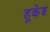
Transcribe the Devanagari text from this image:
हूकेंड